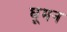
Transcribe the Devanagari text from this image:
घूमन